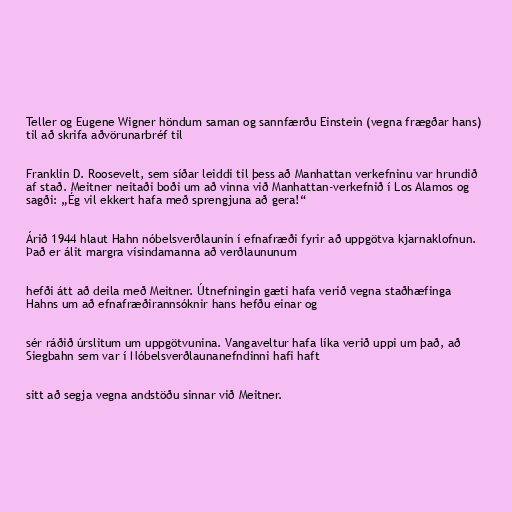
Teller og Eugene Wigner höndum saman og sannfærðu Einstein (vegna frægðar hans)
til að skrifa aðvörunarbréf til

Franklin D. Roosevelt, sem síðar leiddi til þess að Manhattan verkefninu var hrundið
af stað. Meitner neitaði boði um að vinna við Manhattan-verkefnið í Los Alamos og
sagði: „Ég vil ekkert hafa með sprengjuna að gera!“

Árið 1944 hlaut Hahn nóbelsverðlaunin í efnafræði fyrir að uppgötva kjarnaklofnun.
Það er álit margra vísindamanna að verðlaununum

hefði átt að deila með Meitner. Útnefningin gæti hafa verið vegna staðhæfinga
Hahns um að efnafræðirannsóknir hans hefðu einar og

sér ráðið úrslitum um uppgötvunina. Vangaveltur hafa líka verið uppi um það, að
Siegbahn sem var í Nóbelsverðlaunanefndinni hafi haft

sitt að segja vegna andstöðu sinnar við Meitner.